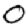
Digit: 0